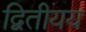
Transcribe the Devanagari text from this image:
द्वितीयय